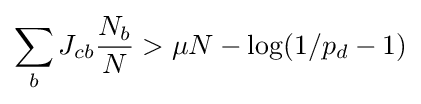
\sum _{b}J_{cb}{\frac {N_{b}}{N}}>\mu N-\log(1/p_{d}-1)